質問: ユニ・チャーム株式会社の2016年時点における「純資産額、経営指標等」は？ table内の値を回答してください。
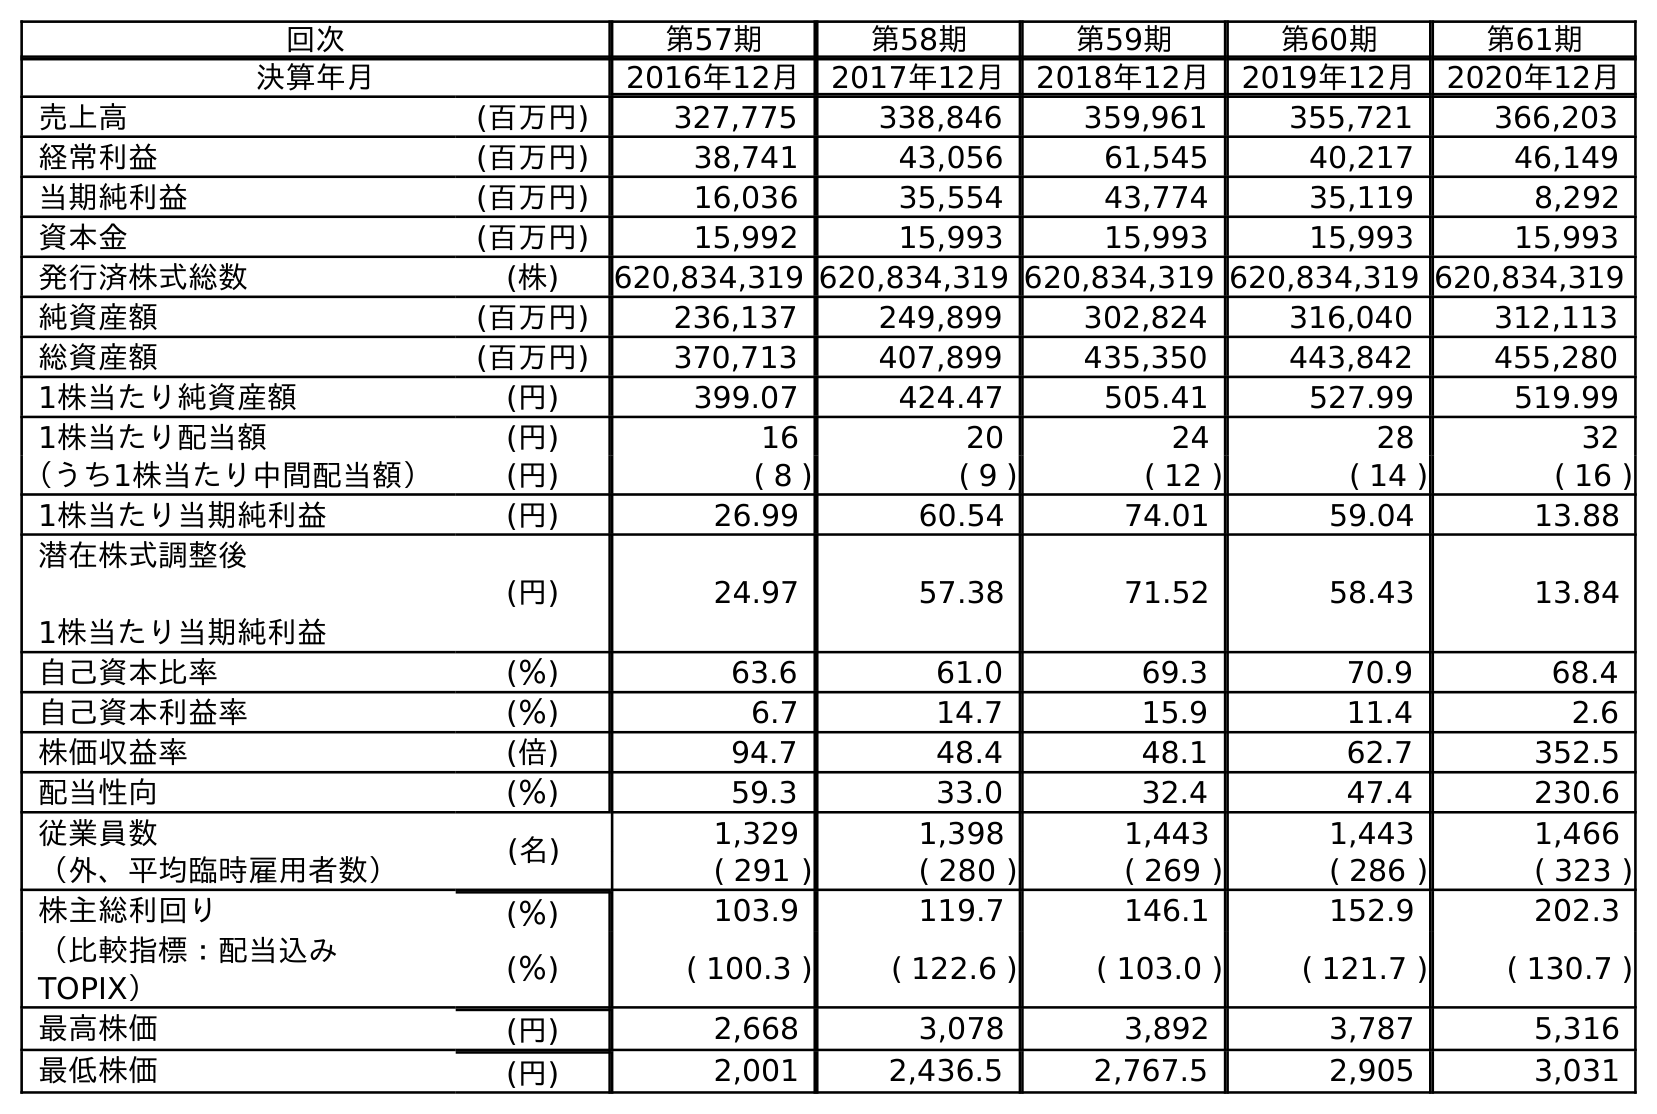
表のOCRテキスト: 回次 第57期 第58期 第59期 第60期 第61期 決算年月 2016年12月 2017年12月 2018年12月 2019年12月 2020年12月 売上高 (百万円) 327,775 338,846 359,961 355,721 366,203 経常利益 (百万円) 38,741 43,056 61,545 40,217 46,149 当期純利益 (百万円) 16,036 35,554 43,774 35,119 8,292 資本金 (百万円) 15,992 15,993 15,993 15,993 15,993 発行済株式総数 (株) 620,834,319 620,834,319 620,834,319 620,834,319 620,834,319 純資産額 (百万円) 236,137 249,899 302,824 316,040 312,113 総資産額 (百万円) 370,713 407,899 435,350 443,842 455,280 1株当たり純資産額 (円) 399.07 424.47 505.41 527.99 519.99 1株当たり配当額 (円) 16 20 24 28 32 （うち1株当たり中間配当額） (円) ( 8 ) ( 9 ) ( 12 ) ( 14 ) ( 16 ) 1株当たり当期純利益 (円) 26.99 60.54 74.01 59.04 13.88 潜在株式調整後 1株当たり当期純利益 (円) 24.97 57.38 71.52 58.43 13.84 自己資本比率 (％) 63.6 61.0 69.3 70.9 68.4 自己資本利益率 (％) 6.7 14.7 15.9 11.4 2.6 株価収益率 (倍) 94.7 48.4 48.1 62.7 352.5 配当性向 (％) 59.3 33.0 32.4 47.4 230.6 従業員数 (名) 1,329 1,398 1,443 1,443 1,466 （外、平均臨時雇用者数） ( 291 ) ( 280 ) ( 269 ) ( 286 ) ( 323 ) 株主総利回り (％) 103.9 119.7 146.1 152.9 202.3 （比較指標：配当込み TOPIX） (％) ( 100.3 ) ( 122.6 ) ( 103.0 ) ( 121.7 ) ( 130.7 ) 最高株価 (円) 2,668 3,078 3,892 3,787 5,316 最低株価 (円) 2,001 2,436.5 2,767.5 2,905 3,031
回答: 236,137